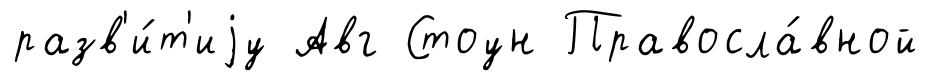
разв'и́т'иjу Авг Стоун Правосла́вной